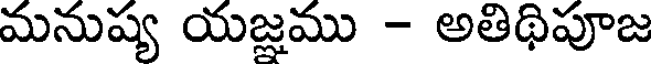
మనుష్య యజ్ఞము - అతిథిపూజ